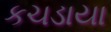
કચડાયા